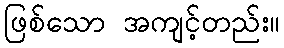
ဖြစ်သော အကျင့်တည်း။